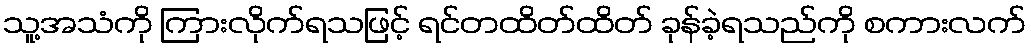
သူ့အသံကို ကြားလိုက်ရသဖြင့် ရင်တထိတ်ထိတ် ခုန်ခဲ့ရသည်ကို စကားလက်